Vaccination returns of the Province of Eastern Bengal and Assam - 1905-1912
Year: 1905
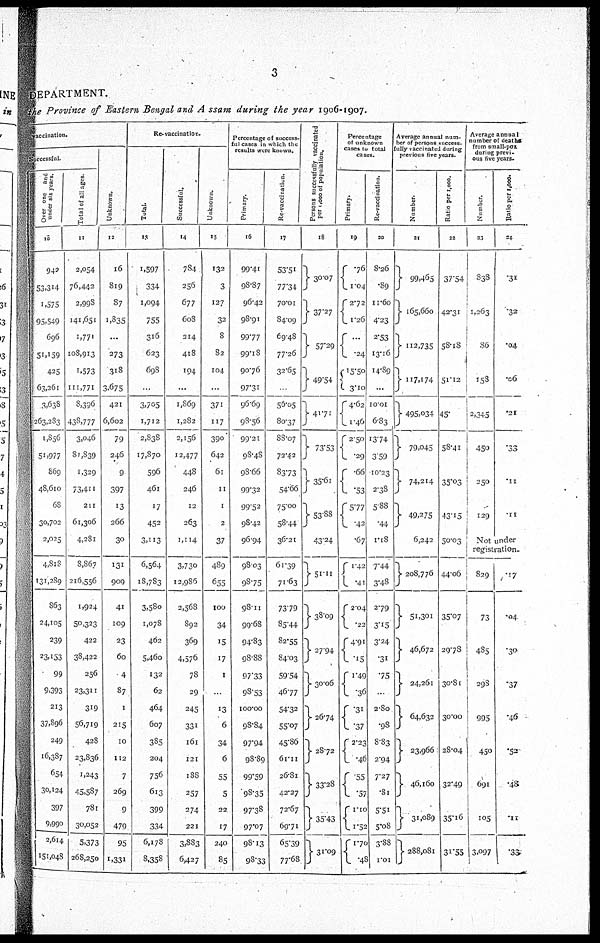
3
DEPARTMENT.
the Province of Eastern, Bengal and Assam during the year 1906-1907.
vaccination.
Successful.
O ver one and
under six years.
10
942
53,314
1,575
95,549
696
51,159
425
63,261
3,638
263,283
1,856
51,977
869
48,610
68
30,702
2,025
4,818
131,289
863
24,105
239
23,153
99
9,393
213
37,896
249
16,387
654
30,124
397
9,990
2,614
151,048
Total of all ages.
11
2,054
76,442
2,998
141,651
1,771
108,913
1,573
111,771
8,396
438,777
3,046
81,839
1,329
73,411
211
61,306
4,281
8,867
216,556
1,924
50,323
422
38,422
256
23,311
319
56,719
428
23,836
1,243
45,587
781
30,052
5,373
268,250
Unknown.
12
16
819
87
1,835
...
273
318
3,675
421
6,602
79
246
9
397
13
266
30
131
909
41
109
23
60
4
87
1
215
10
112
7
269
9
479
95
1,331
Re-vaccination.
Total.
13
1,597
334
1,094
755
316
623
698
...
3,705
1,712
2,838
17,870
596
461
17
452
3,113
6,564
18,783
3,580
1,078
462
5,460
132
62
464
607
385
204
756
613
399
334
6,178
8,358
Successful.
14
784
256
677
608
214
418
194
...
1,869
1,282
2,156
12,477
448
246
12
263
1,114
3,730
12,986
2,568
892
369
4,576
78
29
245
331
161
121
188
257
274
221
3,883
6,427
Unknown.
15
132
3
127
32
8
82
104
...
371
117
390
642
61
11
1
2
37
489
655
100
34
15
17
1
...
13
6
34
6
55
5
22
17
240
85
Percentage of success
ful cases in which the
results were known.
Primary.
16
99.41
98.87
96.42
98.91
99.77
99.18
90.76
97.31
96.69
98.56
99.21
98.48
98.66
99.32
99.52
98.42
96.94
98.03
98.75
98.11
99.68
94.83
98.88
97.33
98.53
100.00
98.84
97.94
98.89
99.59
98.35
97.38
97.07
98.13
98.33
Re-vaccination.
17
53.51
77.34
70.01
84.09
69.48
77.26
32.65
...
56.05
80.37
88.07
72.42
83.73
54.66
75.00
58.44
36.21
61.39
71.63
73.79
85.44
82.55
84.03
59.54
46.77
54.32
55.07
45.86
61.11
26.81
42.27
72.67
69.71
65.39
77.68
Persons successfully vaccinated
per 1,000 of population.
18
30.07
37.27
57.29
49.54
41.71
73.53
35.61
53.88
43.24
51.11
38.09
27.94
30.06
26.74
28.72
33.28
35.43
31.09
Percentage
of unknown
cases to total
cases.
Primary.
19
.76
1.04
2.72
1.26
...
.24
15.50
3.10
4.62
1.46
2.50
.29
.66
.53
5.77
.42
.67
1.42
.41
2.04
.22
4.91
.15
1.49
.36
.31
.37
2.23
.46
.55
.57
1.10
1.52
1.70
.48
Re-vaccination.
20
8.26
.89
11.60
4.23
2.53
13.16
14.89
...
10.01
6.83
13.74
3.59
10.23
2.38
5.88
.44
1.18
7.44
3.48
2.79
3.15
3.24
.31
.75
...
2.80
.98
8.83
2.94
7.27
.81
5.51
5.08
3.88
1.01
Average annual nam-
ber of persons success-
fully vaccinated during
previous five years.
Number.
21
99,465
165,660
112,735
117,174
495,034
79,045
74,214
49,275
6,242
208,776
51,301
46,672
24,261
64,632
23,966
46,160
31,089
288,081
Ratio per 1,000.
22
37.54
42.31
58.18
51.12
45.
58.41
35.03
43.15
50.03
44.06
35.07
29.78
30.81
30.00
28.04
52.49
35.16
31.55
Average annual
number of deaths
from small-pox
during previ-
ous five years.
Number.
23
838
1,263
86
158
2,345
450
250
129
Ratio per 1,000.
24
.31
.32
.04
.06
.21
.33
.11
.11
Not under
registration.
829
73
485
298
995
450
691
105
3,097
.17
.04
.30
.37
.46
.52
.48
.11
.33